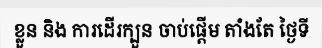
ខ្លួន និង ការដើរក្បួន ចាប់ផ្តើម តាំងតែ ថ្ងៃទី